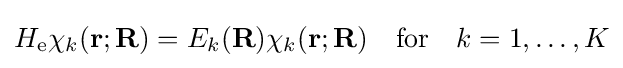
H_{\text{e}}\chi _{k}(\mathbf {r} ;\mathbf {R} )=E_{k}(\mathbf {R} )\chi _{k}(\mathbf {r} ;\mathbf {R} )\quad {\text{for}}\quad k=1,\ldots ,K